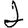
Digit: 2